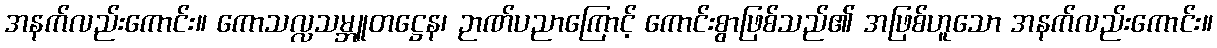
အနက်လည်းကောင်း။ ကောသလ္လသမ္ဘူတဋ္ဌေန၊ ဉာဏ်ပညာကြောင့် ကောင်းစွာဖြစ်သည်၏ အဖြစ်ဟူသော အနက်လည်းကောင်း။